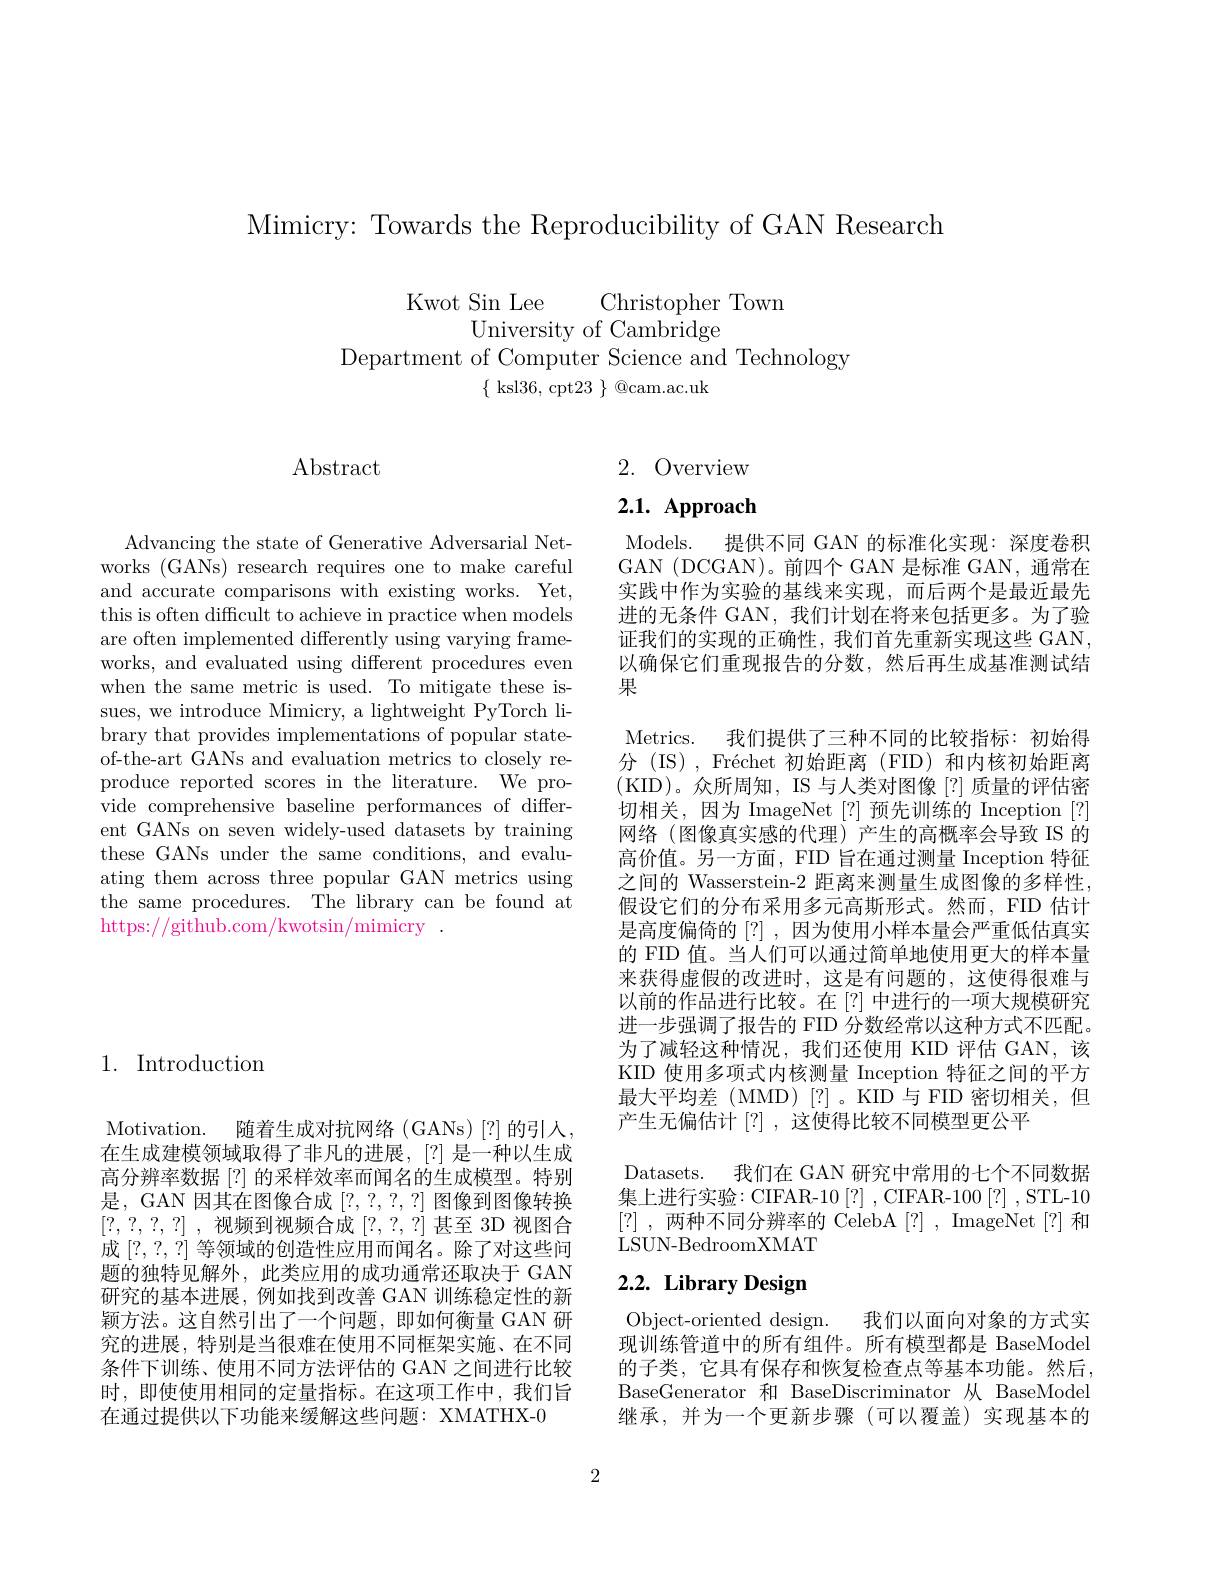
Mimicry: Towards the Reproducibility of GAN Research

Kwot Sin Lee Christopher Towr
University of Cambridge
Department of Computer Science and Technology
$\{$ ksl36, cpt23 $\}$ @cam.ac.uk

Abstract

1. Introduction

Motivation. 随着生成对抗网络(GANs)[?]的引人， 在生成建模领域取得了非凡的进展，[?] 是一种以生成高分辨率数据[?] 的采样效率而闻名的生成模型。特别是，GAN 因其在图像合成[?,?,?,?]图像到图像转换[?,?,?,?] ,视频到视频合成[?,?,?]甚至 3D 视图合成[?,?,?]等领域的创造性应用而闻名。除了对这些问题的独特见解外，此类应用的成功通常还取决于 GAN 研究的基本进展，例如找到改善 GAN 训练稳定性的新颖方法。这自然引出了一个问题，即如何衡量 GAN 研究的进展，特别是当很难在使用不同框架实施、在不同条件下训练、使用不同方法评估的 GAN 之间进行比较时，即使使用相同的定量指标。在这项工作中，我们旨在通过提供以下功能来缓解这些问题：XMATHX-0

Advancing the state of Generative Adversarial Networks (GANs) research requires one to make careful and accurate comparisons with existing works. Yet, this is often difficult to achieve in practice when models are often implemented differently using varying frameworks, and evaluated using different procedures even when the same metric is used. To mitigate these issues, we introduce Mimicry, a lightweight PyTorch library that provides implementations of popular stateof-the-art GANs and evaluation metrics to closely reproduce reported scores in the literature. We provide comprehensive baseline performances of different GANs on seven widely-used datasets by training these GANs under the same conditions, and evaluating them across three popular GAN metrics using the same procedures. The library can be found at https://github.com/kwotsin/mimicry .

2.Overview

# $2. 1. \textbf{ Approach}$

Models. 提供不同 GAN 的标准化实现：深度卷积GAN (DCGAN)。前四个 GAN 是标准 GAN, 通常在实践中作为实验的基线来实现，而后两个是最近最先进的无条件 GAN, 我们计划在将来包括更多。为了验证我们的实现的正确性，我们首先重新实现这些 GAN, 以确保它们重现报告的分数，然后再生成基准测试结果

Metrics. 我们提供了三种不同的比较指标：初始得分 (IS), Fréchet 初始距离 (FID) 和内核初始距离(KID)。众所周知，IS 与人类对图像[?]质量的评估密切相关，因为 ImageNet[?] 预先训练的 Inception [?] 网络(图像真实感的代理)产生的高概率会导致 IS 的高价值。另一方面，FID 旨在通过测量 Inception 特征之间的 Wasserstein-2 距离来测量生成图像的多样性， 假设它们的分布采用多元高斯形式。然而，FID 估计是高度偏倚的 [?] ,因为使用小样本量会严重低估真实的 FID 值。当人们可以通过简单地使用更大的样本量来获得虚假的改进时，这是有问题的，这使得很难与以前的作品进行比较。在[?] 中进行的一项大规模研究进一步强调了报告的 FID 分数经常以这种方式不匹配。为了减轻这种情况，我们还使用 KID 评估 GAN,该KID 使用多项式内核测量 Inception 特征之间的平方最大平均差(MMD)[?]。KID与FID密切相关，但产生无偏估计[?] ,这使得比较不同模型更公平
Datasets. 我们在 GAN 研究中常用的七个不同数据集上进行实验：CIFAR-10[?],CIFAR-100[?],STL-10 [?] , 两种不同分辨率的 CelebA [?] , ImageNet [?] 和

LSUN-BedroomXMAT

# 2.2. Library Design

Object-oriented design. 我们以面向对象的方式实现训练管道中的所有组件。所有模型都是 BaseModel 的子类，它具有保存和恢复检查点等基本功能。然后， BaseGenerator 和 BaseDiscriminator 从 BaseModel 继承，并为一个更新步骤(可以覆盖)实现基本的

2